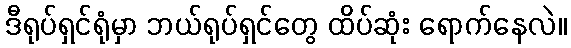
ဒီရုပ်ရှင်ရုံမှာ ဘယ်ရုပ်ရှင်တွေ ထိပ်ဆုံး ရောက်နေလဲ။